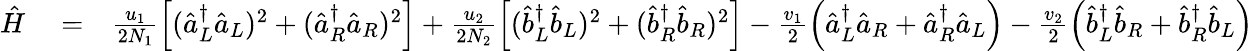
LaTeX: \begin{array}{rlr}{\hat{H}}&{{}=}&{\frac{u_{1}}{2N_{1}}\left[(\hat{a}_{L}^{\dagger}\hat{a}_{L})^{2}+(\hat{a}_{R}^{\dagger}\hat{a}_{R})^{2}\right]+\frac{u_{2}}{2N_{2}}\left[(\hat{b}_{L}^{\dagger}\hat{b}_{L})^{2}+(\hat{b}_{R}^{\dagger}\hat{b}_{R})^{2}\right]-\frac{v_{1}}{2}\left(\hat{a}_{L}^{\dagger}\hat{a}_{R}+\hat{a}_{R}^{\dagger}\hat{a}_{L}\right)-\frac{v_{2}}{2}\left(\hat{b}_{L}^{\dagger}\hat{b}_{R}+\hat{b}_{R}^{\dagger}\hat{b}_{L}\right)}\end{array}